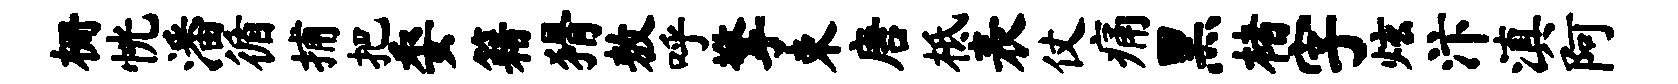
栅恍潘循捕把委籍猾敖呼擎束唐柢表仗痛黑楮字炫汴滇阿